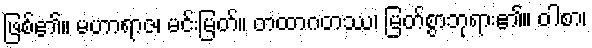
ဖြစ်၏။ မဟာရာဇ၊ မင်းမြတ်။ တထာဂတဿ၊ မြတ်စွာဘုရား၏။ ဝါစာ၊